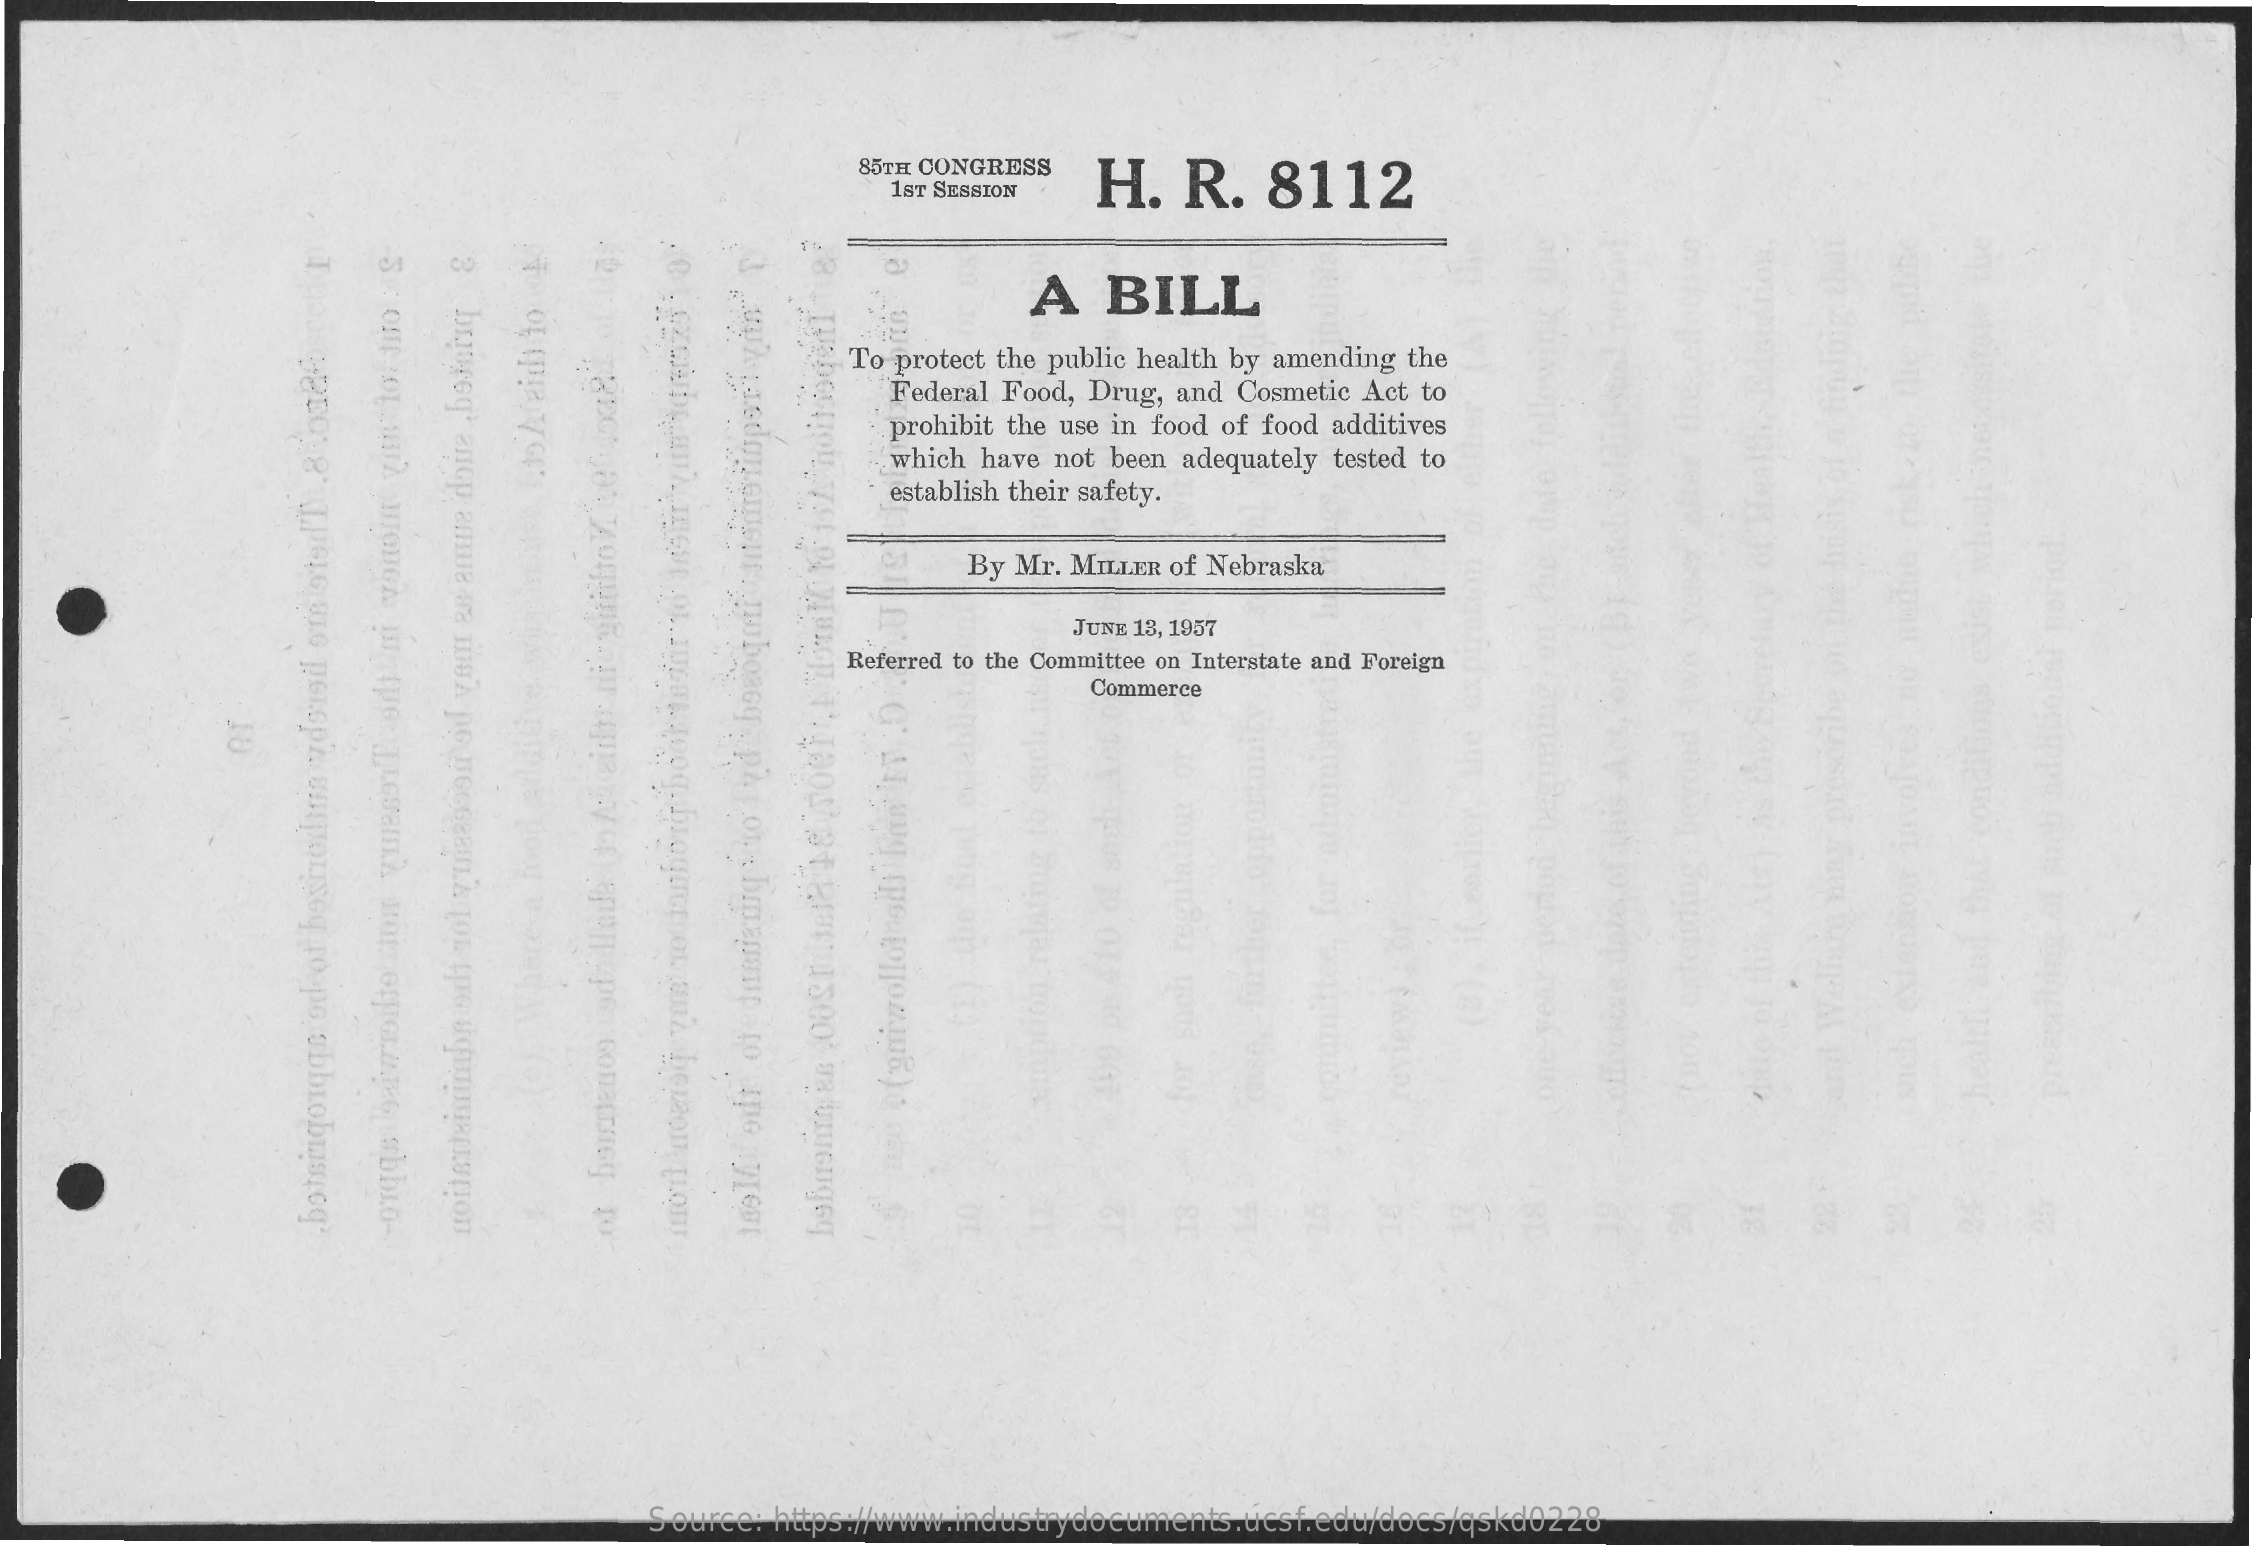
85TH CONGRESS
     H.   R.   8112 1ST SESSION
     A   BILL
     To protect the public health by amending the
     Federal Food, Drug, and Cosmetic Act to
     prohibit the use in food of food additives
     which have not been adequately tested to
     establish their safety.
     By Mr. MILLER of Nebraska
     JUNE 13, 1957
     Referred to the Committee on Interstate and Foreign
     Commerce
     botsingorqqs
     od
     of
     boxhormon
     ydoisil
     om
     sted'D
     .8
     00086
     Source: https://www.industrydocuments.ucsf.edu/docs/qskd0228